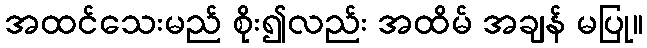
အထင်သေးမည် စိုး၍လည်း အထိမ် အချန် မပြု။